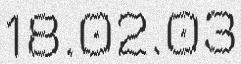
18.02.03